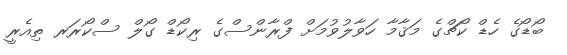
ބޯޑޯގެ ހެޑް ކޯޗްގެ މަޤާމާ ހަވާލުވުމަށް ފްރާންސްގެ ރިކޯޑް ގޯލް ސްކޯރަރ ތިއެރީ